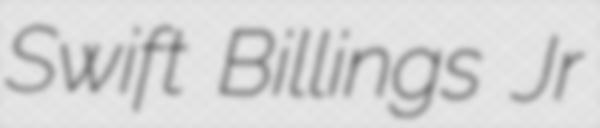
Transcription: Swift Billings Jr